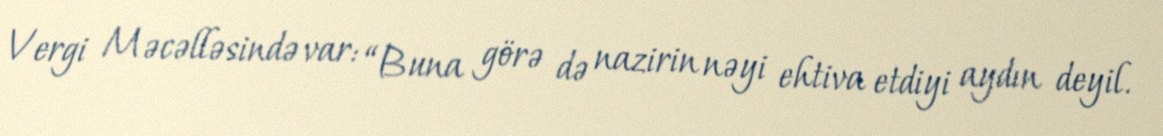
Vergi Məcəlləsində var: “Buna görə də nazirin nəyi ehtiva etdiyi aydın deyil.